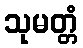
သုမတ္တံ